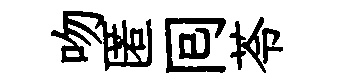
吻匿囘苓